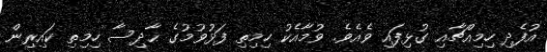
އުފެދި ހިމިއްޗާއި ގުޅިފައި ވެއެވެ. ވުމާއެކު ހިމިތި ފަޅުވުމުގެ ޙާދިސާ ހިމިތި ކައިރިން